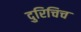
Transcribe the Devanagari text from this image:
दुरिचिच